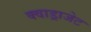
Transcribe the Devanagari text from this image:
क्वाड्राजेट